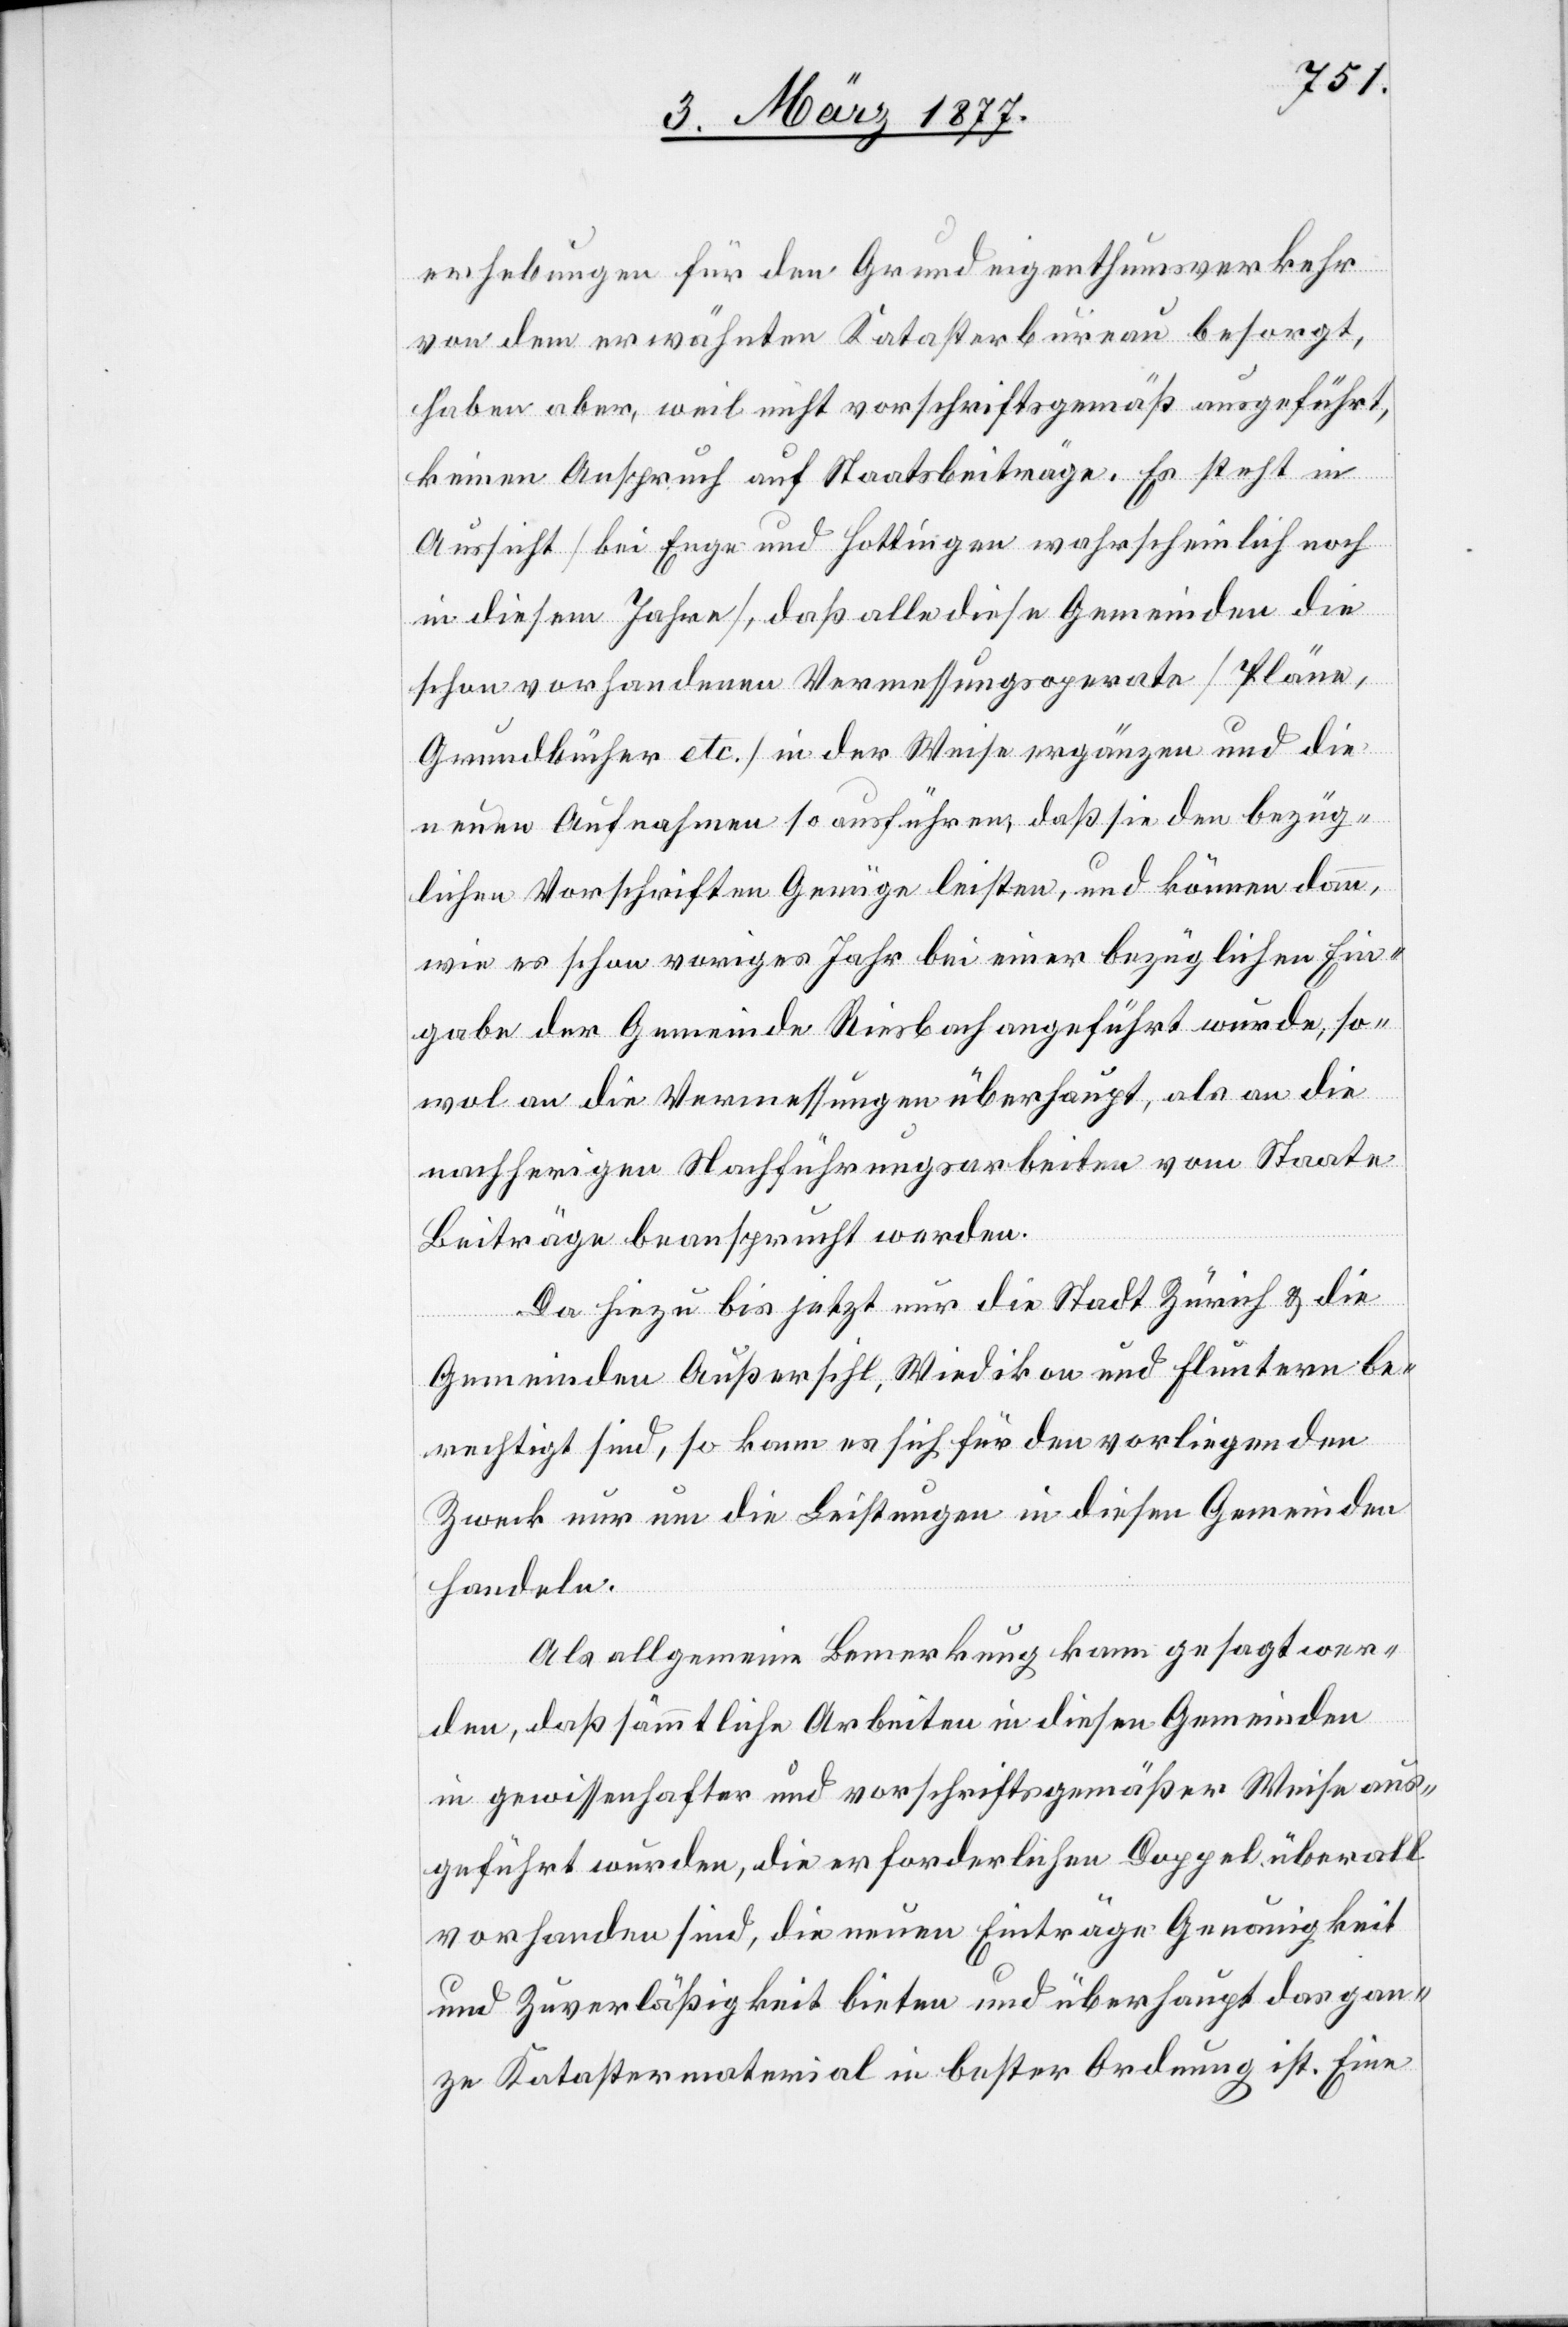
erhebungen für den Grundeigenthumsverkehr
von dem erwähnten Katasterbureau besorgt,
haben aber, weil nicht vorschriftsgemäß ausgeführt,
keinen Anspruch auf Staatsbeiträge. Es steht in
Aussicht [bei Enge und Hottingen wahrscheinlich noch
in diesem Jahr], daß alle diese Gemeinden die
schon vorhandenen Vermessungsoperate [Pläne,
Grundbücher etc.] in der Weise ergänzen und die
neuen Aufnahmen so ausführen, daß sie den bezüg¬
lichen Vorschriften Genüge leisten, und können dann,
wie es schon voriges Jahr bei einer bezüglichen Ein¬
gabe der Gemeinde Riesbach angeführt wurde, so¬
wol an die Vermessungen überhaupt, als an die
nachherigen Nachführungsarbeiten vom Staate
Beiträge beansprucht werden.
Da hiezu bis jetzt nur die Stadt Zürich & die
Gemeinden Außersihl, Wiedikon und Fluntern be¬
rechtigt sind, so kann es sich für den vorliegenden
Zweck nur um die Leistungen in diesen Gemeinden
handeln.
Als allgemeine Bemerkung kann gesagt wer¬
den, daß sämmtliche Arbeiten in diesen Gemeinden
in gewissenhafter und vorschriftsgemäßer Weise aus¬
geführt wurden, die erforderlichen Doppel überall
vorhanden sind, die neuen Einträge Genauigkeit
und Zuverläßigkeit bieten und überhaupt das gan¬
ze Katastermaterial in bester Ordnung ist. Eine